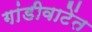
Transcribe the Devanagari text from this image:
गांडीवाटेंत